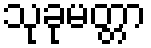
သုခုမတ္တာ